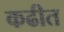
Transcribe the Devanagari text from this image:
कढीत